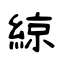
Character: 綡